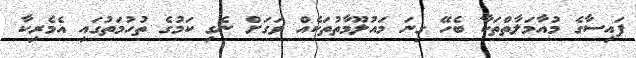
ފައިސާގެ މުއާމަލާތްތަކާ ބެހޭ ގިނަ މައުލޫމާތުތަކެއް ވަގަށް ނެގި ކަމުގެ ތުހުމަތުގައި އެމެރިކާ